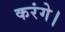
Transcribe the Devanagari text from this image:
करंगे।